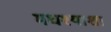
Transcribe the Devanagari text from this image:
मधश्याशा